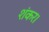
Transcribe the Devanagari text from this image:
शंकर।